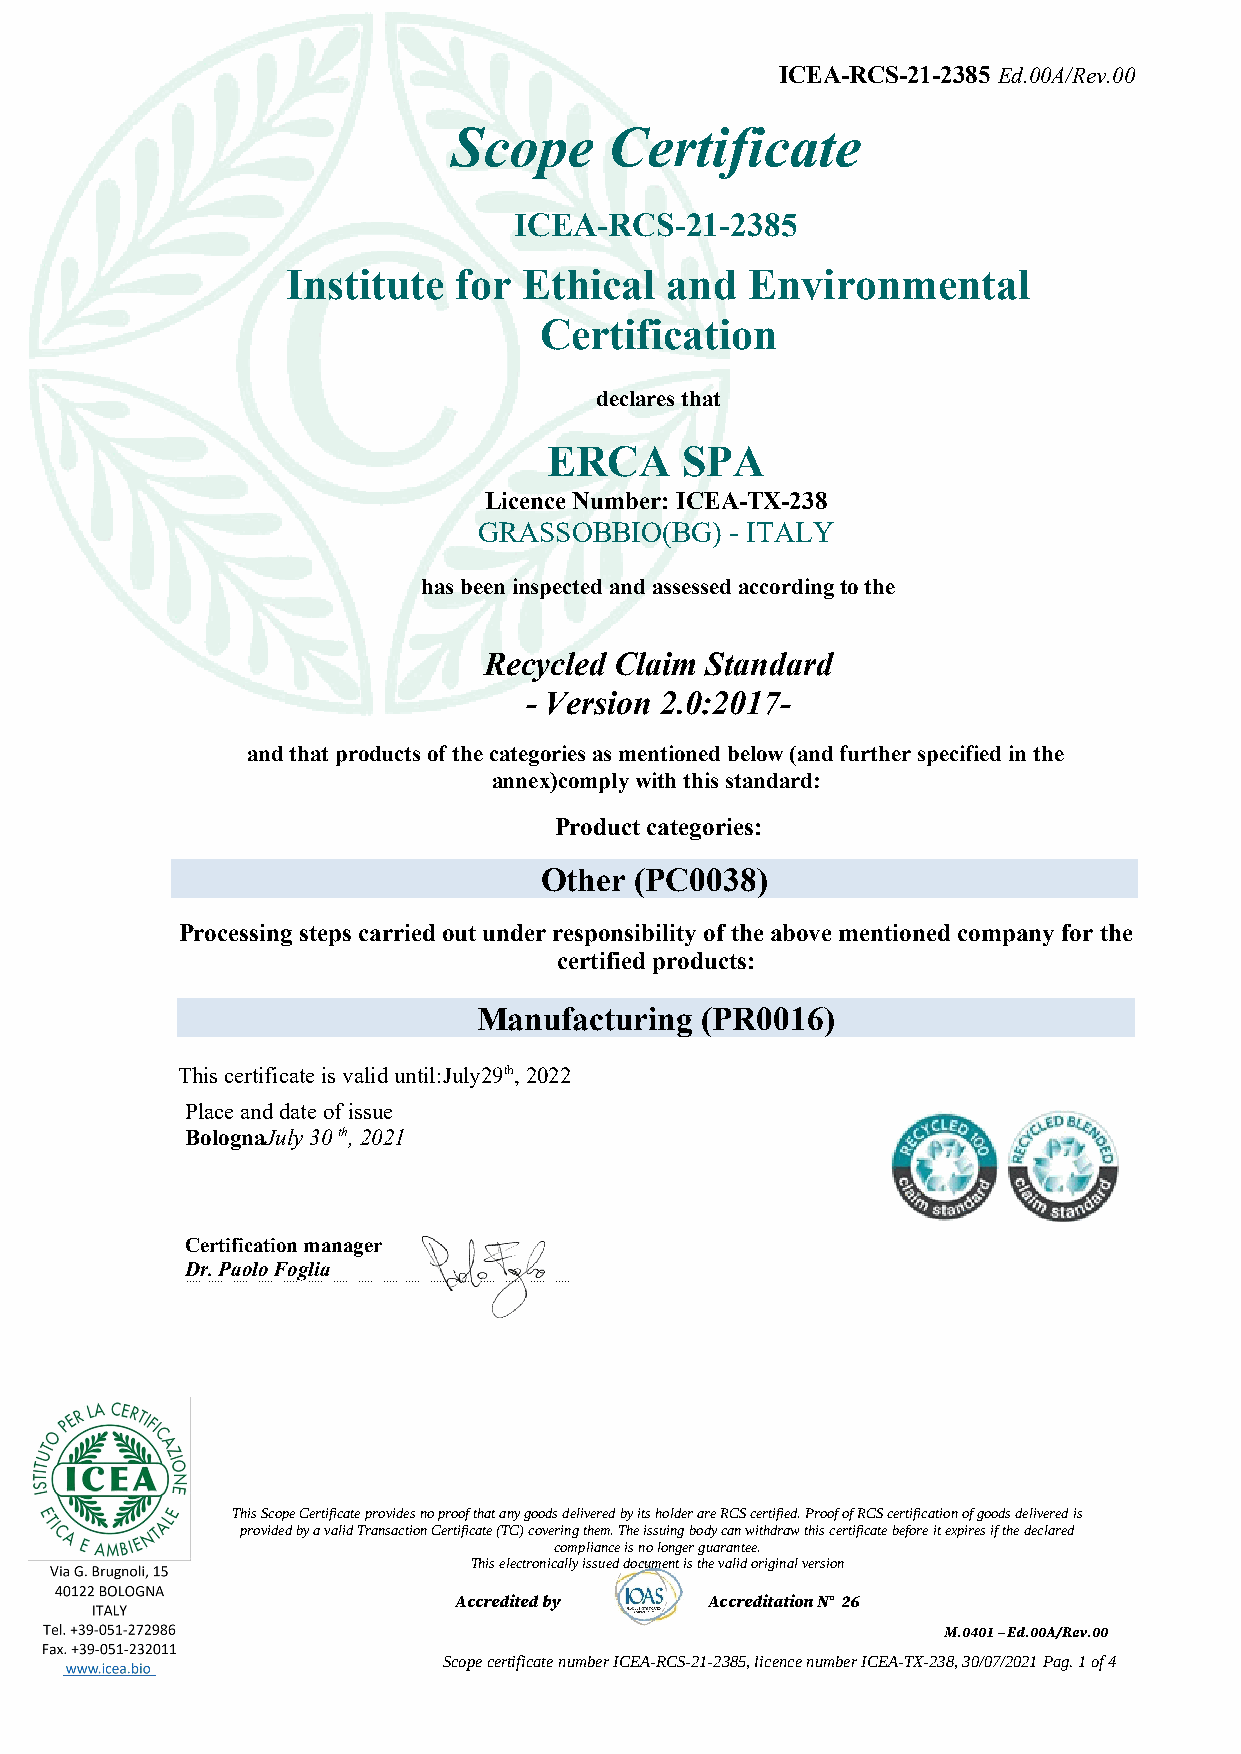
ICEA-RCS-21-2385 Ed.00A/Rev.00
 Scope     Certificate
 ICEA-RCS-21-2385
 Institute  for  Ethical  and  Environmental
 Certification
 declares that
 ERCA     SPA
 Licence Number: ICEA-TX-238
 GRASSOBBIO(BG)  - ITALY
 has been inspected and assessed according to the
 Recycled Claim Standard
 - Version 2.0:2017-
 and that products of the categories as mentioned below (and further specified in the
 annex)comply with this standard:
 Product categories:
 Other (PC0038)
 Processing steps carried out under responsibility of the above mentioned company for the
 certified products:
 Manufacturing (PR0016)
 This certificate is valid until:July29th, 2022
 Place and date of issue
 BolognaJuly 30 th, 2021
 Certification manager
 Dr. Paolo Foglia
 This Scope Certificate provides no proof that any goods delivered by its holder are RCS certified. Proof of RCS certification of goods delivered is
 provided by a valid Transaction Certificate (TC) covering them. The issuing body can withdraw this certificate before it expires if the declared
 compliance is no longer guarantee.
 This electronically issued document is the valid original version
 Accredited by    Accreditation N° 26
 M.0401 – Ed.00A/Rev.00
 Scope certificate number ICEA-RCS-21-2385, licence number ICEA-TX-238, 30/07/2021 Pag. 1 of 4